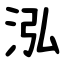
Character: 泓